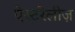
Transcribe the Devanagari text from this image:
ऐस्टरेलीज़